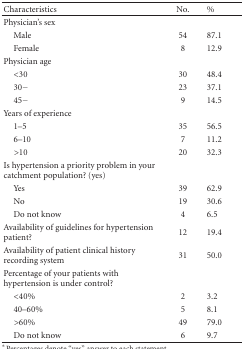
<table><thead><tr><td><b>Characteristics</b></td><td><b>No.</b></td><td><b>%</b></td></tr></thead><tbody><tr><td>Physician&#x27;s sex</td><td></td><td></td></tr><tr><td> Male</td><td>54</td><td>87.1</td></tr><tr><td> Female</td><td>8</td><td>12.9</td></tr><tr><td>Physician age</td><td></td><td></td></tr><tr><td> &lt;30</td><td>30</td><td>48.4</td></tr><tr><td> 30−</td><td>23</td><td>37.1</td></tr><tr><td> 45−</td><td>9</td><td>14.5</td></tr><tr><td>Years of experience</td><td></td><td></td></tr><tr><td> 1–5</td><td>35</td><td>56.5</td></tr><tr><td> 6–10</td><td>7</td><td>11.2</td></tr><tr><td> &gt;10</td><td>20</td><td>32.3</td></tr><tr><td>Is hypertension a priority problem in your catchment population? (yes)</td><td></td><td></td></tr><tr><td> Yes</td><td>39</td><td>62.9</td></tr><tr><td> No</td><td>19</td><td>30.6</td></tr><tr><td> Do not know</td><td>4</td><td>6.5</td></tr><tr><td>Availability of guidelines for hypertension patient?</td><td>12</td><td>19.4</td></tr><tr><td>Availability of patient clinical history recording system</td><td>31</td><td>50.0</td></tr><tr><td>Percentage of your patients with hypertension is under control?</td><td></td><td></td></tr><tr><td> &lt;40%</td><td>2</td><td>3.2</td></tr><tr><td> 40–60%</td><td>5</td><td>8.1</td></tr><tr><td> &gt;60%</td><td>49</td><td>79.0</td></tr><tr><td> Do not know</td><td>6</td><td>9.7</td></tr></tbody></table>